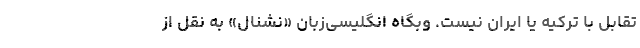
تقابل با ترکیه یا ایران نیست. وبگاه انگلیسی‌زبان «نشنال» به نقل از